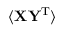
\langle \mathbf { X Y ^ { \mathrm { { T } } } } \rangle